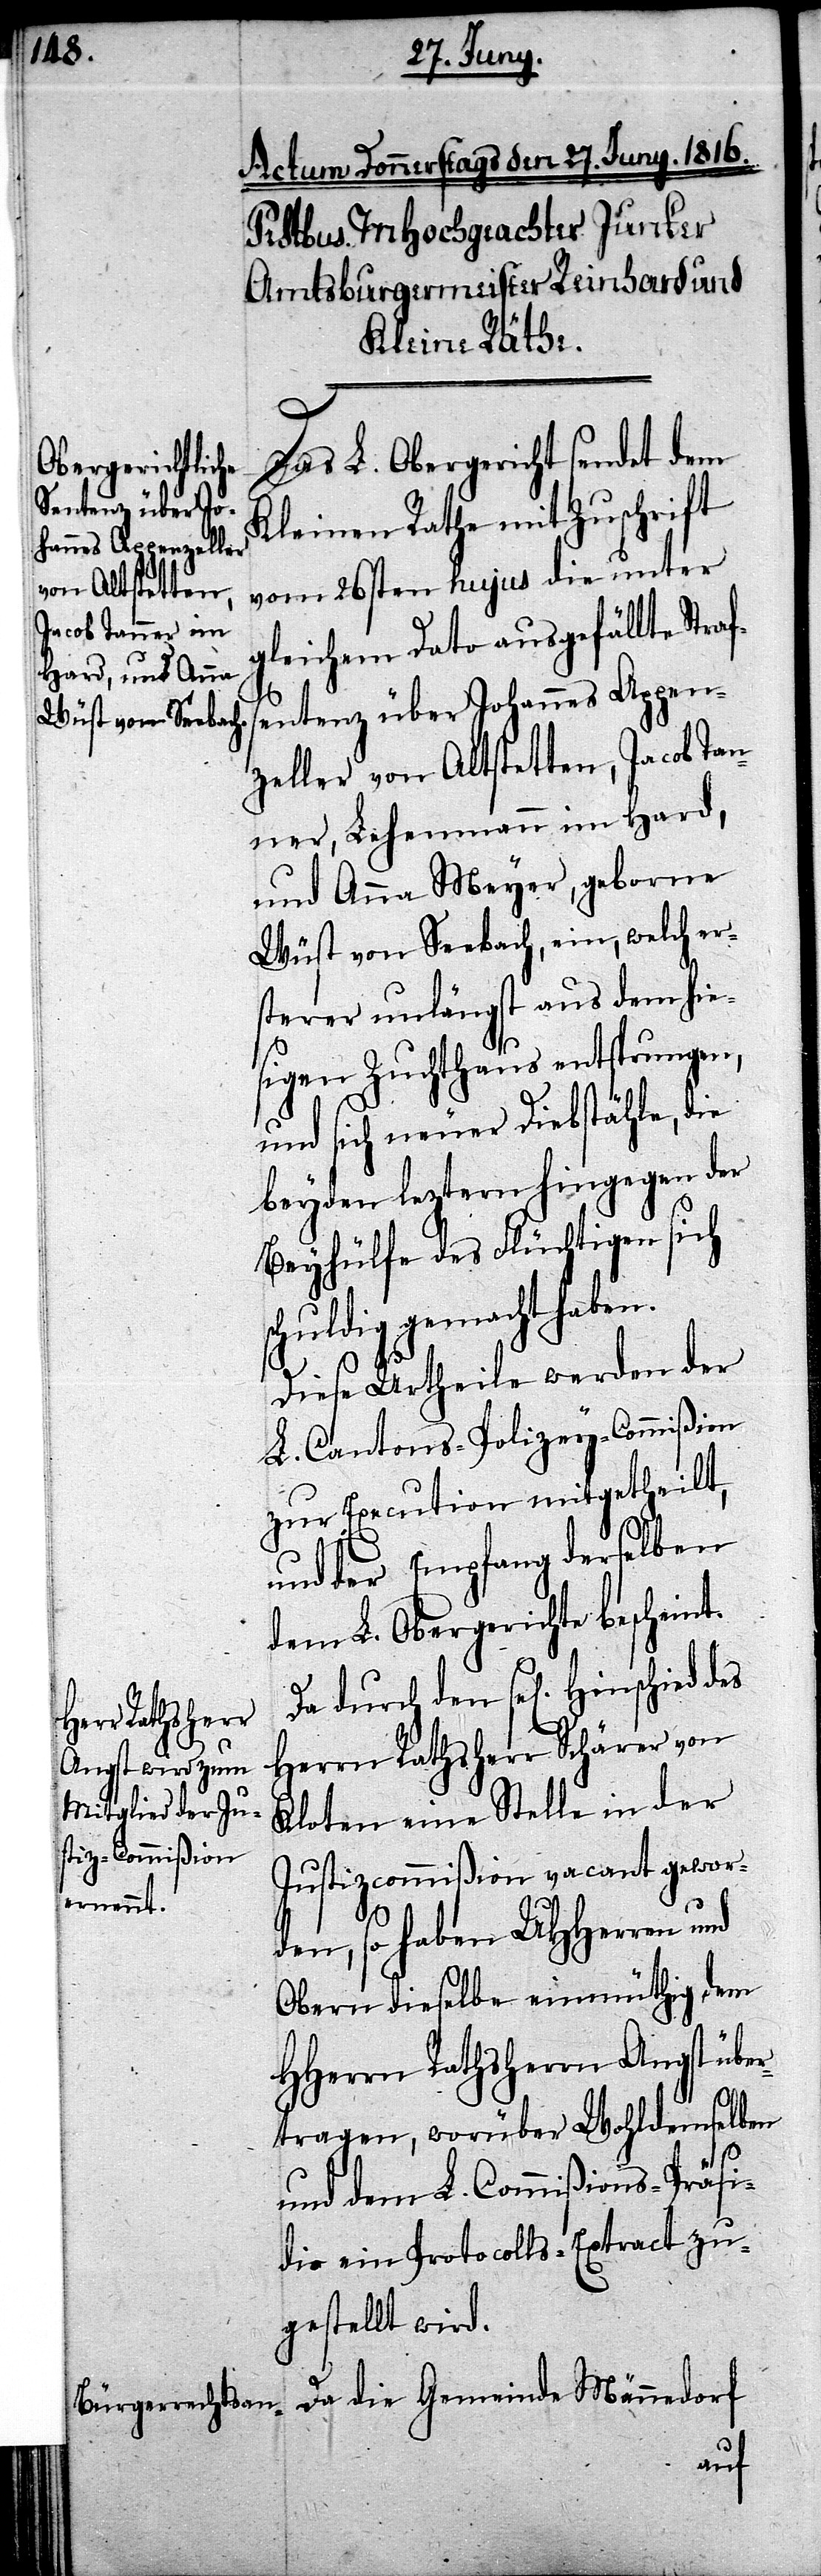
Das L. Obergericht sendet dem
Kleinen Rathe mit Zuschrift
vom 26sten hujus die unter
leichem Dato ausgefällte Stra¬
entenz über Johannes Appen¬
zeller von Altstetten, Jacob Tan¬
ner, Lehenmann im Hard,
und Anna Meyer, geborne
Wüst von Seebach, ein, welch ers¬
terer unlängst aus dem hie¬
sigen Zuchthaus entsprungen,
und sich neuer Diebstähle, die
beyden leztern hingegen der
Beyhülfe des Flüchtigen sich
schuldig gemacht haben.
Diese Urtheile werden der
L. Cantons-Polizey-Commißion
zur Execution mitgetheilt,
und der Empfang derselben
dem L. Obergerichte bescheint.
Da durch den sel[igen]
Herrn Rathsherr Schärer von
Kloten eine Stelle in der
Justizcommißion vacant gewor¬
den, so haben UHHerren und
Obern dieselbe einmüthig dem
HHerrn Rathsherrn Angst über¬
tragen, worüber Wohldemselben
fs¬
und dem L. Commißions-Präsi¬
dio ein Protocolls-Extract zu¬
gestellt wird.
Da die Gemeinde Männedorf